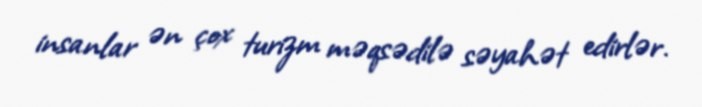
insanlar ən çox turizm məqsədilə səyahət edirlər.